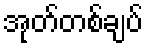
အုတ်တစ်ချပ်